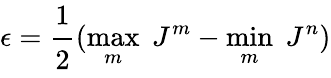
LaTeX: \epsilon=\cfrac{1}{2}(\underset{m}{\operatorname*{max}}\; J^{m}-\underset{m}{\operatorname*{min}}\; J^{n})